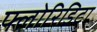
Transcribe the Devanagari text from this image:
फ्लोरिडिटा